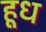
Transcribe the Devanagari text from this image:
हूध